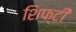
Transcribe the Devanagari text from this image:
शिफ्टी